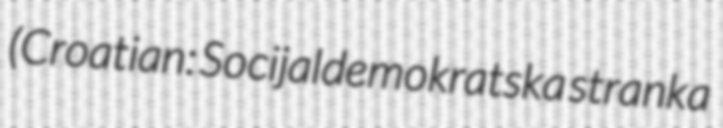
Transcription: (Croatian: Socijaldemokratska stranka